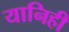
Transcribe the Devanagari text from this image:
यानिही